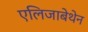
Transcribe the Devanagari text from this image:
एलिजाबेथेन